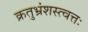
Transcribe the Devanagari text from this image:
क्रतुभ्रंशस्त्वत्तः